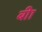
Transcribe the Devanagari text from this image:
बीा